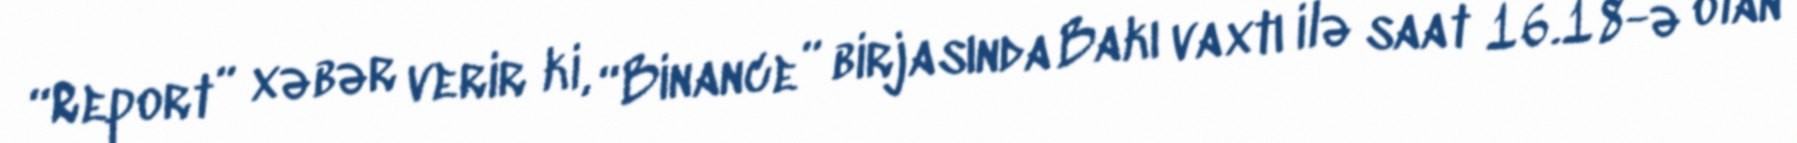
“Report” xəbər verir ki, “Binance” birjasında Bakı vaxtı ilə saat 16.18-ə olan